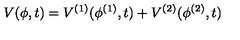
V ( \phi , t ) = V ^ { ( 1 ) } ( \phi ^ { ( 1 ) } , t ) + V ^ { ( 2 ) } ( \phi ^ { ( 2 ) } , t )